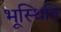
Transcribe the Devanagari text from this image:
भूस्थिति